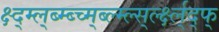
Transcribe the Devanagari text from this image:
क्ष्द्म्ल्ब्म्ब्च्म्ब्ल्म्ल्स्र्ल्क्ष्ल्द्फ्